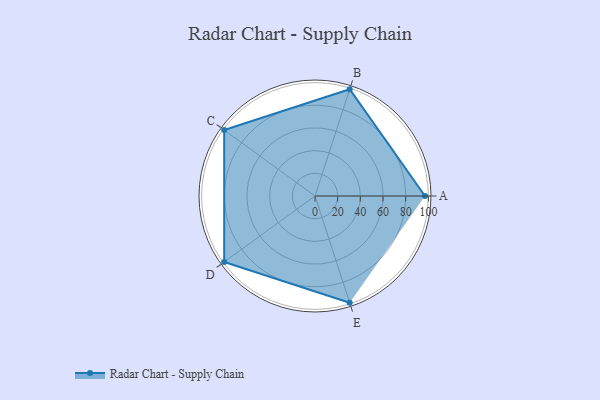
{"axis": {"x": "Skill", "y": "Score"}, "legend": ["Profile"], "data": [{"x": "A", "y": 97.0, "type": "Profile"}, {"x": "B", "y": 99, "type": "Profile"}, {"x": "C", "y": 99, "type": "Profile"}, {"x": "D", "y": 99, "type": "Profile"}, {"x": "E", "y": 99, "type": "Profile"}]}